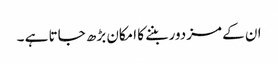
ان کے مزدور بننے کا امکان بڑھ جاتا ہے ۔